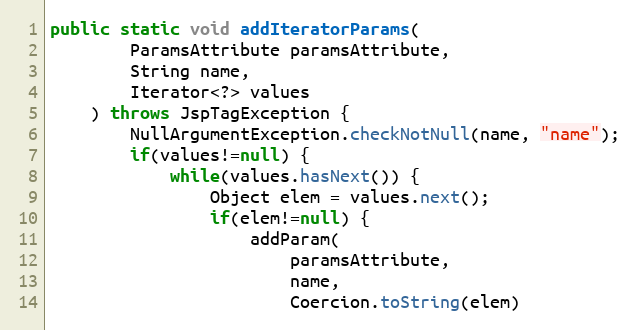
Language: Java
public static void addIteratorParams(
		ParamsAttribute paramsAttribute,
		String name,
		Iterator<?> values
	) throws JspTagException {
		NullArgumentException.checkNotNull(name, "name");
		if(values!=null) {
			while(values.hasNext()) {
				Object elem = values.next();
				if(elem!=null) {
					addParam(
						paramsAttribute,
						name,
						Coercion.toString(elem)